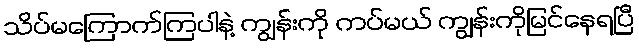
သိပ်မကြောက်ကြပါနဲ့ ကျွန်းကို ကပ်မယ် ကျွန်းကိုမြင်နေရပြီ